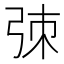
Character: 𫸮